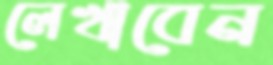
লেখাবেন